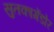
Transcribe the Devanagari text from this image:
सुतकागेंडोर